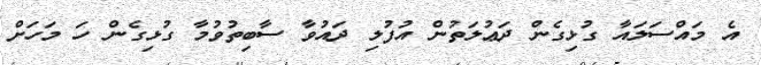
އެ މައްސަލައާ ގުޅިގެން ދަޢުލަތުން އުފުލި ދައުވާ ސާބިތުވުމާ ގުޅިގެން ހަ މަހަށް